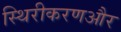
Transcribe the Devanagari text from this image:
स्थिरीकरणऔर